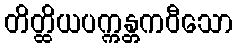
တိတ္ထိယပက္ကန္တကဝီသော